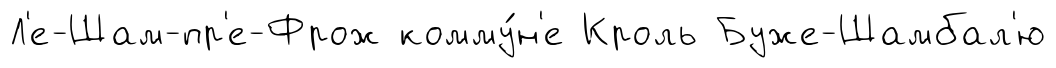
Л'е-Шам-пр'е-Фрож комму́н'е Кроль Буже-Шамбал'ю